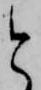
と